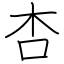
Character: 杏